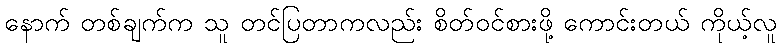
နောက် တစ်ချက်က သူ တင်ပြတာကလည်း စိတ်ဝင်စားဖို့ ကောင်းတယ် ကိုယ့်လူ